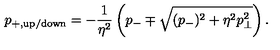
p _ { + , \mathrm { u p / d o w n } } = - \frac { 1 } { \eta ^ { 2 } } \left( p _ { - } \mp \sqrt { ( p _ { - } ) ^ { 2 } + \eta ^ { 2 } p _ { \bot } ^ { 2 } } \right) .